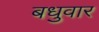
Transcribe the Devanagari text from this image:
बधुवार